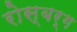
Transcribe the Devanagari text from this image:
रोस्बर्ग